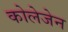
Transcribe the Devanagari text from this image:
कोलेजेन